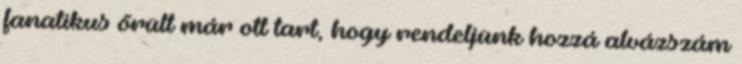
fanatikus őrült már ott tart, hogy rendeljünk hozzá alvázszám